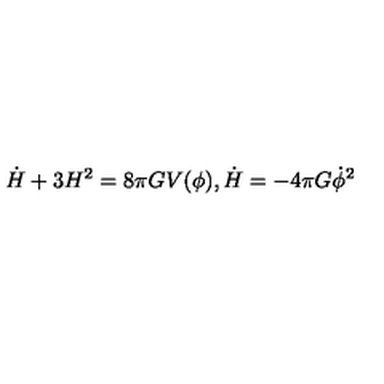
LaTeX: \dot { H } + 3 H ^ { 2 } = 8 \pi G V ( \phi ) , \dot { H } = - 4 \pi G \dot { \phi } ^ { 2 }